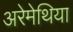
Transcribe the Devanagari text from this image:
अरेमेथिया